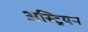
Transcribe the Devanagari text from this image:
अस्ट्रियन